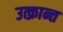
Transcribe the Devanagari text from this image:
उत्क्रान्त